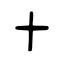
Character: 十